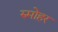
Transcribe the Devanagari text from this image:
रुमोहर